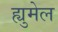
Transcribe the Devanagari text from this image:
ह्युमेल